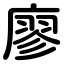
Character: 廖